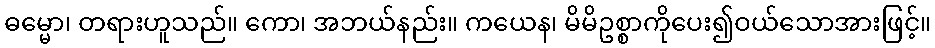
ဓမ္မော၊ တရားဟူသည်။ ကော၊ အဘယ်နည်း။ ကယေန၊ မိမိဥစ္စာကိုပေး၍ဝယ်သောအားဖြင့်။